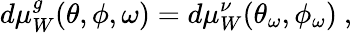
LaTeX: d\mu_{W}^{g}(\theta,\phi,\omega)=d\mu_{W}^{\nu}(\theta_{\omega},\phi_{\omega})\ ,